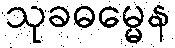
သုခဓမ္မေန